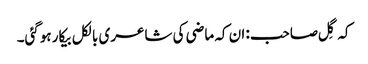
کہ گِل صاحب: ان کہ ماضی کی شاعری بالکل بیکار ہوگئی۔